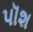
પૉશ